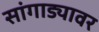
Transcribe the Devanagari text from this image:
सांगाड्यावर